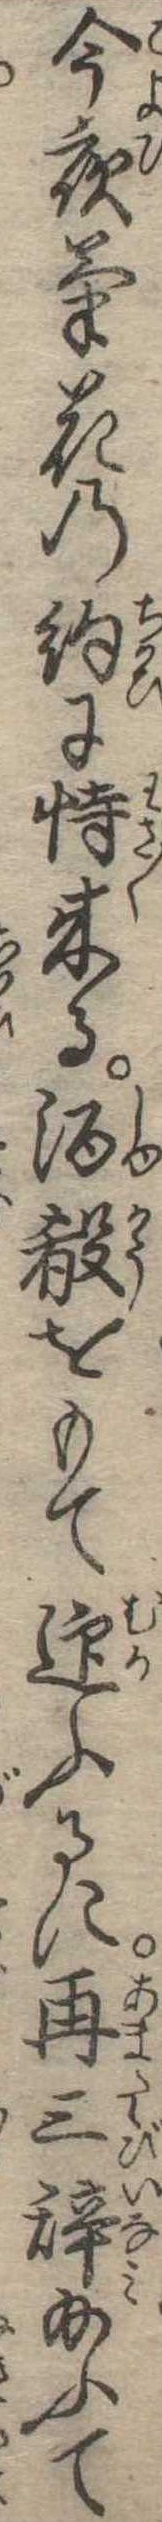
今夜菊花の約に恃来る酒をもて迎ふるに再三辞給ふて